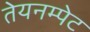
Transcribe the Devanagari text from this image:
तेयनम्पेट